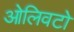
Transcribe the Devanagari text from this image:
ओलिवटो